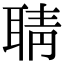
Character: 聙